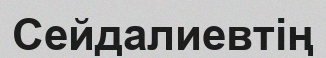
Сейдалиевтің